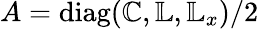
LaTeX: A=\textrm{diag}(\mathbb{C},\mathbb{L},\mathbb{L}_{x})/2